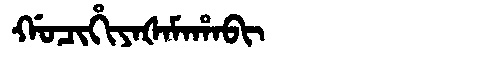
Manchu: ᡤᠣᠴᡳᡥᡳᠶᠠᡧᠠᠮᠠᡥᠠᠪᡳ
Romanization: GOCIHIYAŠAMAHABI